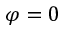
\varphi = 0